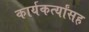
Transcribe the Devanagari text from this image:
कार्यकर्त्यांसह